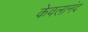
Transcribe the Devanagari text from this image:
केवलानंद